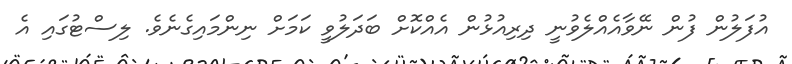
އުފަލުން ފުން ނޭވާއެއްލެވުނީ ދިރިއުޅުން އެއްކޮށް ބަދަލުވީ ކަމަށް ނިންމައިގެނެވެ. ލިސްޓުގައި އެ